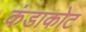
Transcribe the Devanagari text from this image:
कंडाकोट